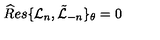
{ \widehat R e s } \{ { \mathcal L } _ { n } , \tilde { \mathcal L } _ { - n } \} _ { \theta } = 0